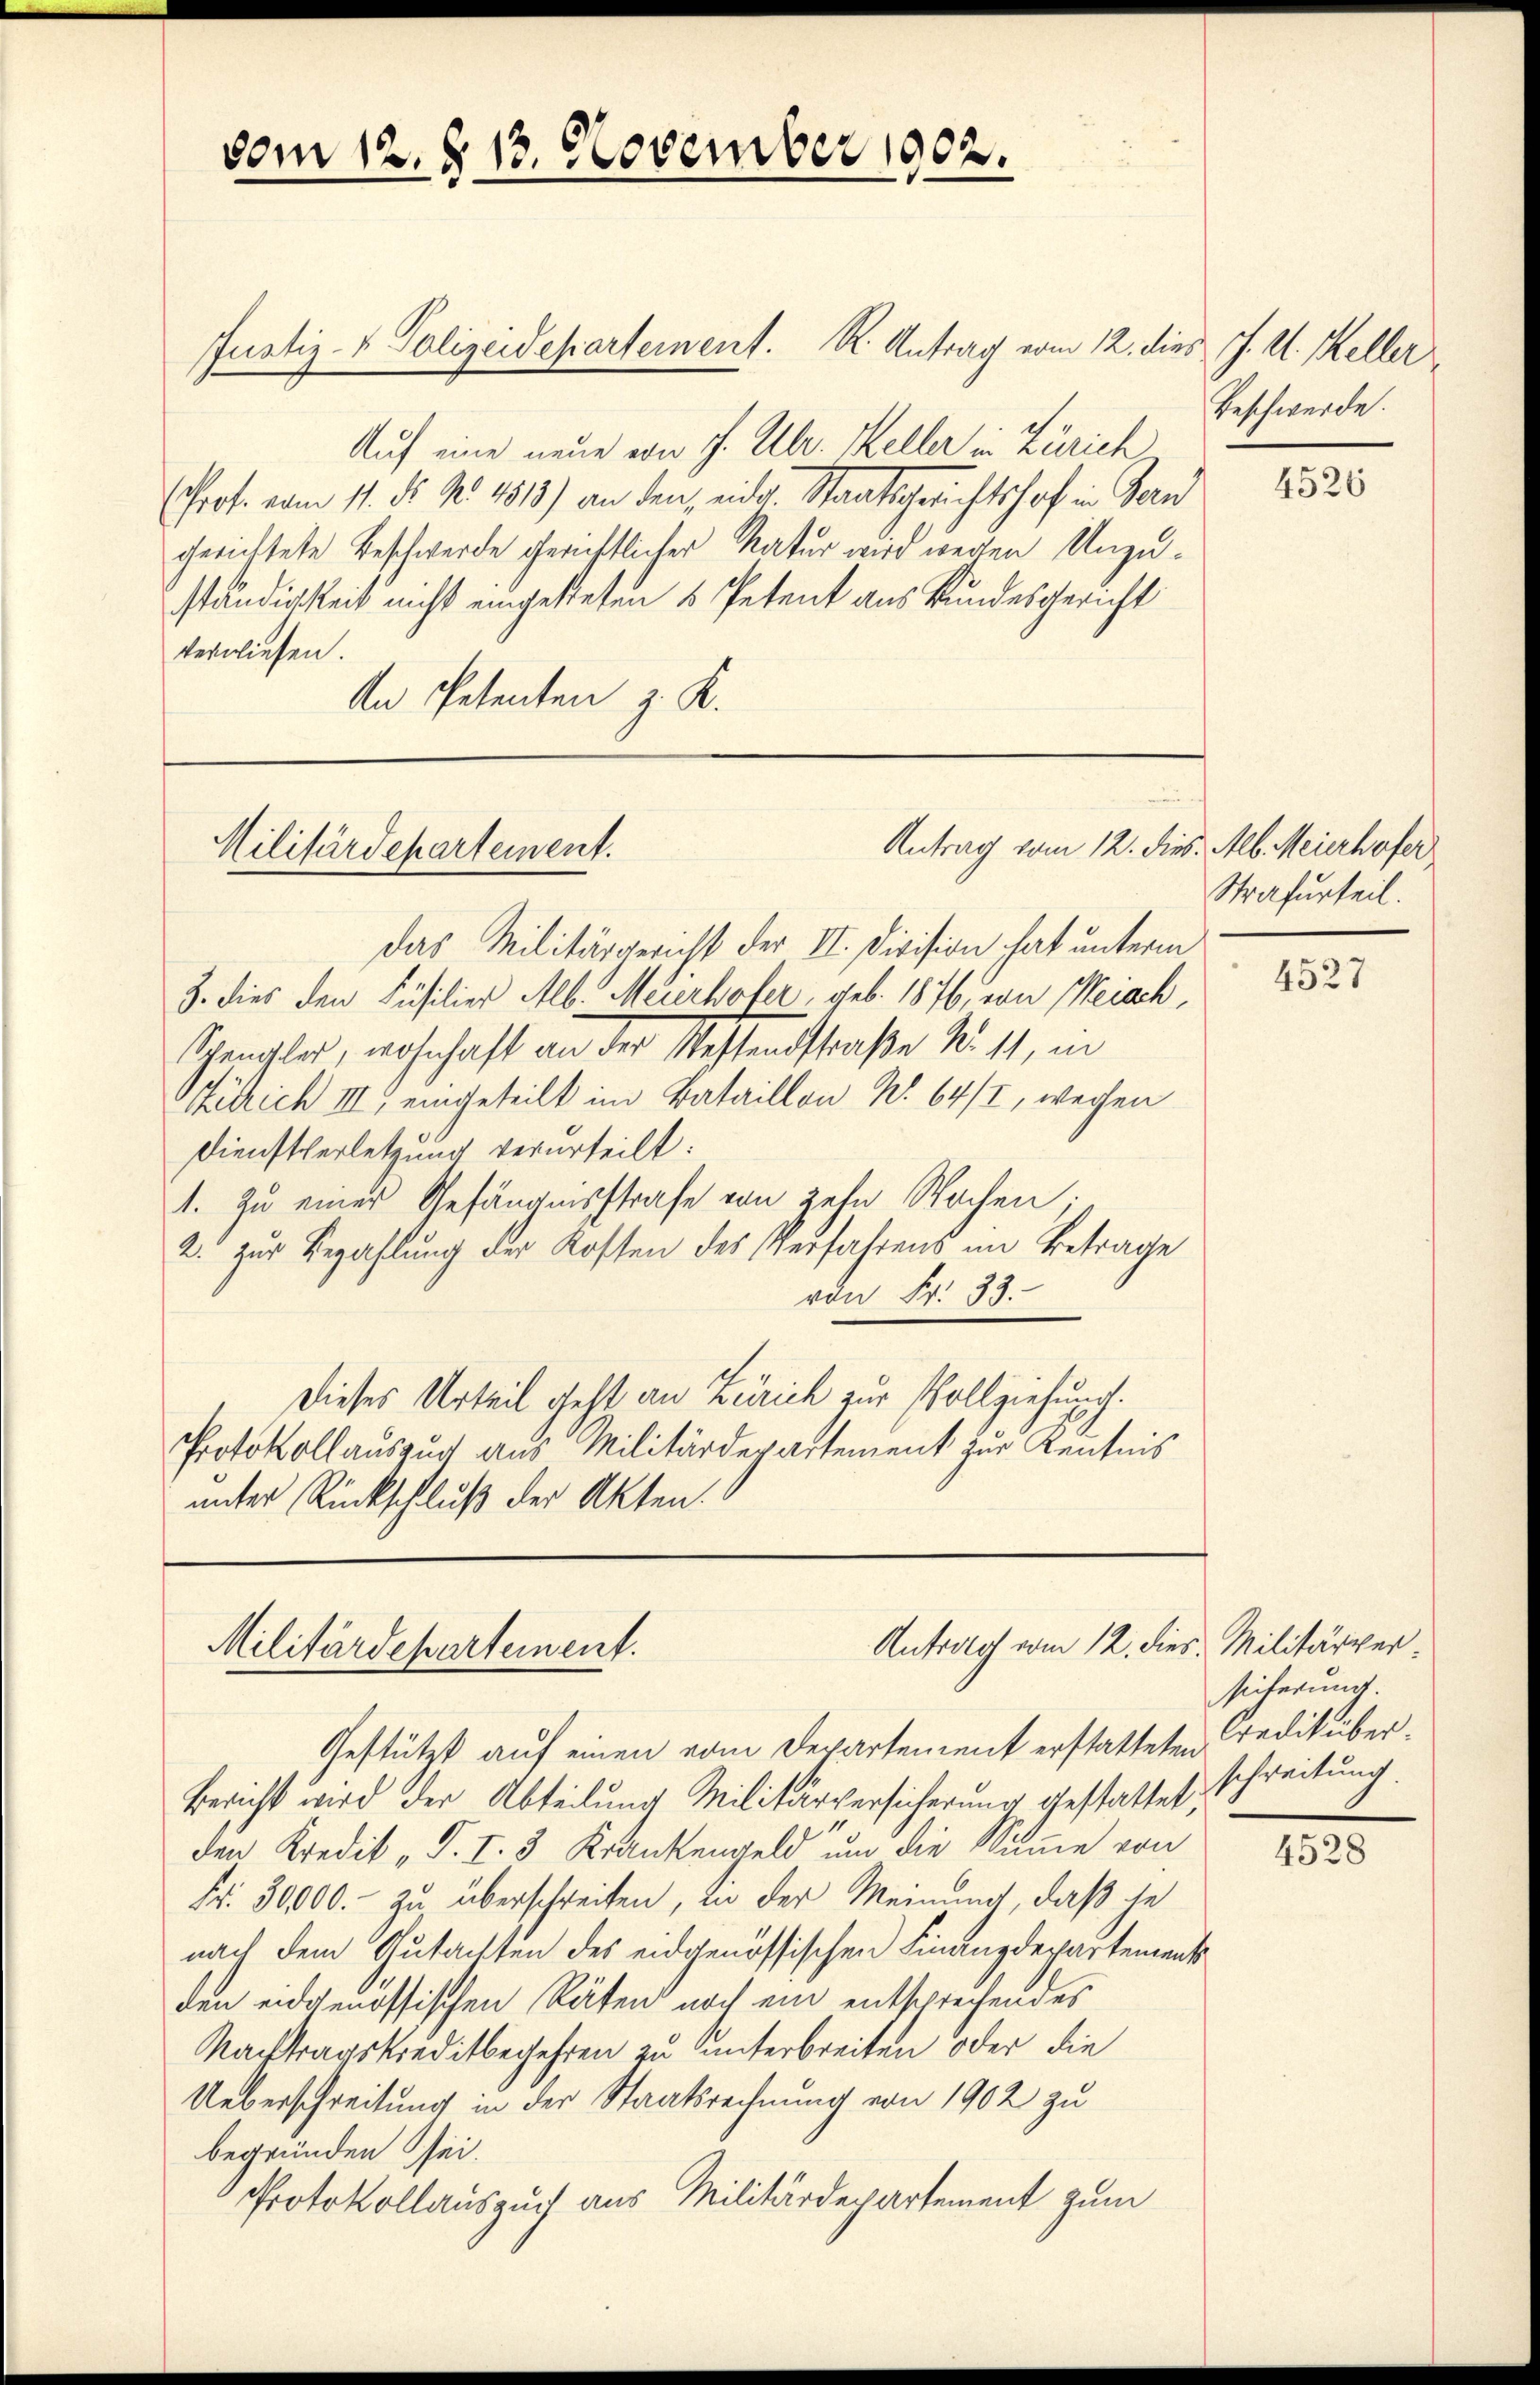
vom 12. §. 13. November 1902.

Justiz- & Polizeidepartement. R. Antrag vom 12. dies J. U. Keller
Auf eine neue von J. Ubr. Keller in Zürich
Prof. vom 11. ds. No. 1813) an den, eidg. Staatsgerichtshof in Bern
gerichtete Beschwerde gerichtlicher Natur wird wegen Unzuständigkeit nicht eingestehen u Petent aus Bundesgericht
verwiesen.
An Petenten z. K.

Militärdepartement.

Antrag vom 12. dies. Alb. Meierhofer

Antrag vom 12. dies Militärver¬
Militärdepartement.

Beschwerde.

das Militärgericht der II. Division hat unterm
3. dies den Füsilier Alb. Meierhofer, geb. 1876, von Weiach,
Spengler, wohnhaft an der Westendstraße Nr. 11, in
Kilrich III eingeteilt im Bataillon No. 642, wegen
Dienstverletzung verurteilt:
1. Zu eines Gefängnisstrafe von zehn Wochen;
2. zur Bezahlung der Kosten des Verfahrens im Betrage
von Fr. 33.
Dieses Urteil geht an Zürich zur Vollziehung.
Protokollauszug aus Militärdepartement zur Kenntnis
unter Rückschluß der Akten.

Strafurteil.

Gestützt auf einen vom Departement erstatteten Creditüber¬
Bericht wird der Abteilung Militärversicherung gestattet,
den Kredit "T. I. 3 Krankengeld um die Summe von
Fr. 30000. zu überschreiten, in der Meinung, daß je
nach dem Gutachten des eidgenössischen Finanzdepartement
den eidgenössischen Räten noch ein entsprechendes
Nachtragskreditbegehren zu unterbreiten oder die
Ueberschreitung in der Staatsrechnung von 1902 zu
begründen sei.
Protokollauszug aus Militärdepartement zum

4526

4527

seiterung.
schreibung.

4528